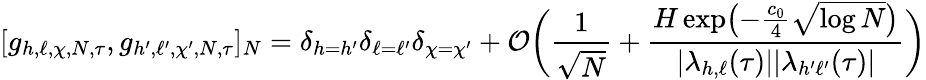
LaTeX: [g_{h,\ell,\chi,N,\tau},g_{h^{\prime},\ell^{\prime},\chi^{\prime},N,\tau}]_{N}=\delta_{h=h^{\prime}}\delta_{\ell=\ell^{\prime}}\delta_{\chi=\chi^{\prime}}+\mathcal{O}\biggl(\frac{1}{\sqrt{N}}+\frac{H\exp\bigl(-\frac{c_{0}}{4}\sqrt{\log N}\bigr)}{|\lambda_{h,\ell}(\tau)||\lambda_{h^{\prime}\ell^{\prime}}(\tau)|}\biggr)